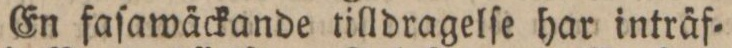
En faſawäckande tilldragelſe har inträf=